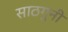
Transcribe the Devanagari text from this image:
साठगुनी